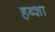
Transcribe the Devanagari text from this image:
हब्शा